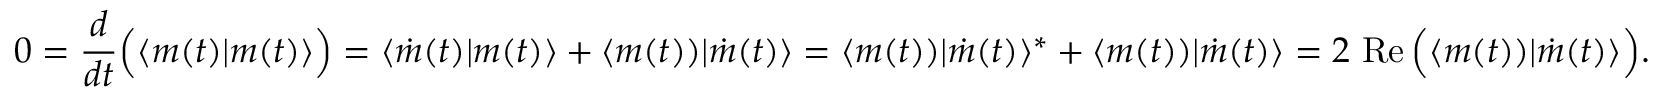
0 = { \frac { d } { d t } } { \Bigl ( } \langle m ( t ) | m ( t ) \rangle { \Bigr ) } = \langle { \dot { m } } ( t ) | m ( t ) \rangle + \langle m ( t ) ) | { \dot { m } } ( t ) \rangle = \langle m ( t ) ) | { \dot { m } } ( t ) \rangle ^ { * } + \langle m ( t ) ) | { \dot { m } } ( t ) \rangle = 2 \, \operatorname { R e } { \Bigl ( } \langle m ( t ) ) | { \dot { m } } ( t ) \rangle { \Bigr ) } .